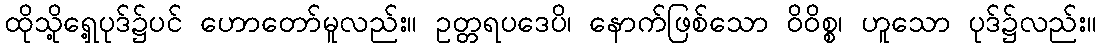
ထိုသို့ရှေ့ပုဒ်၌ပင် ဟောတော်မူလည်း။ ဥတ္တရပဒေပိ၊ နောက်ဖြစ်သော ဝိဝိစ္စ၊ ဟူသော ပုဒ်၌လည်း။